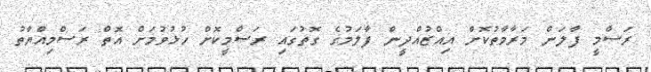
ރަސްމީ ފާލަން މަރާމާތުކޮށް އިއްޒުއްދީން ފާލަމުގެ ގޮތުގައި ރަސްމީކޮށް ހުޅުވުމަށް އޮތް ރަސްމިއްޔާތު